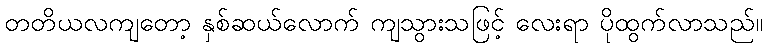
တတိယလကျတော့ နှစ်ဆယ်လောက် ကျသွားသဖြင့် လေးရာ ပိုထွက်လာသည်။